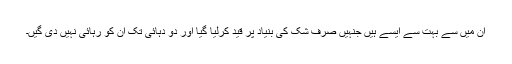
ان میں سے بہت سے ایسے ہیں جنہیں صرف شک کی بنیاد پر قید کرلیا گیا اور دو دہائی تک ان کو رہائی نہیں دی گیں۔